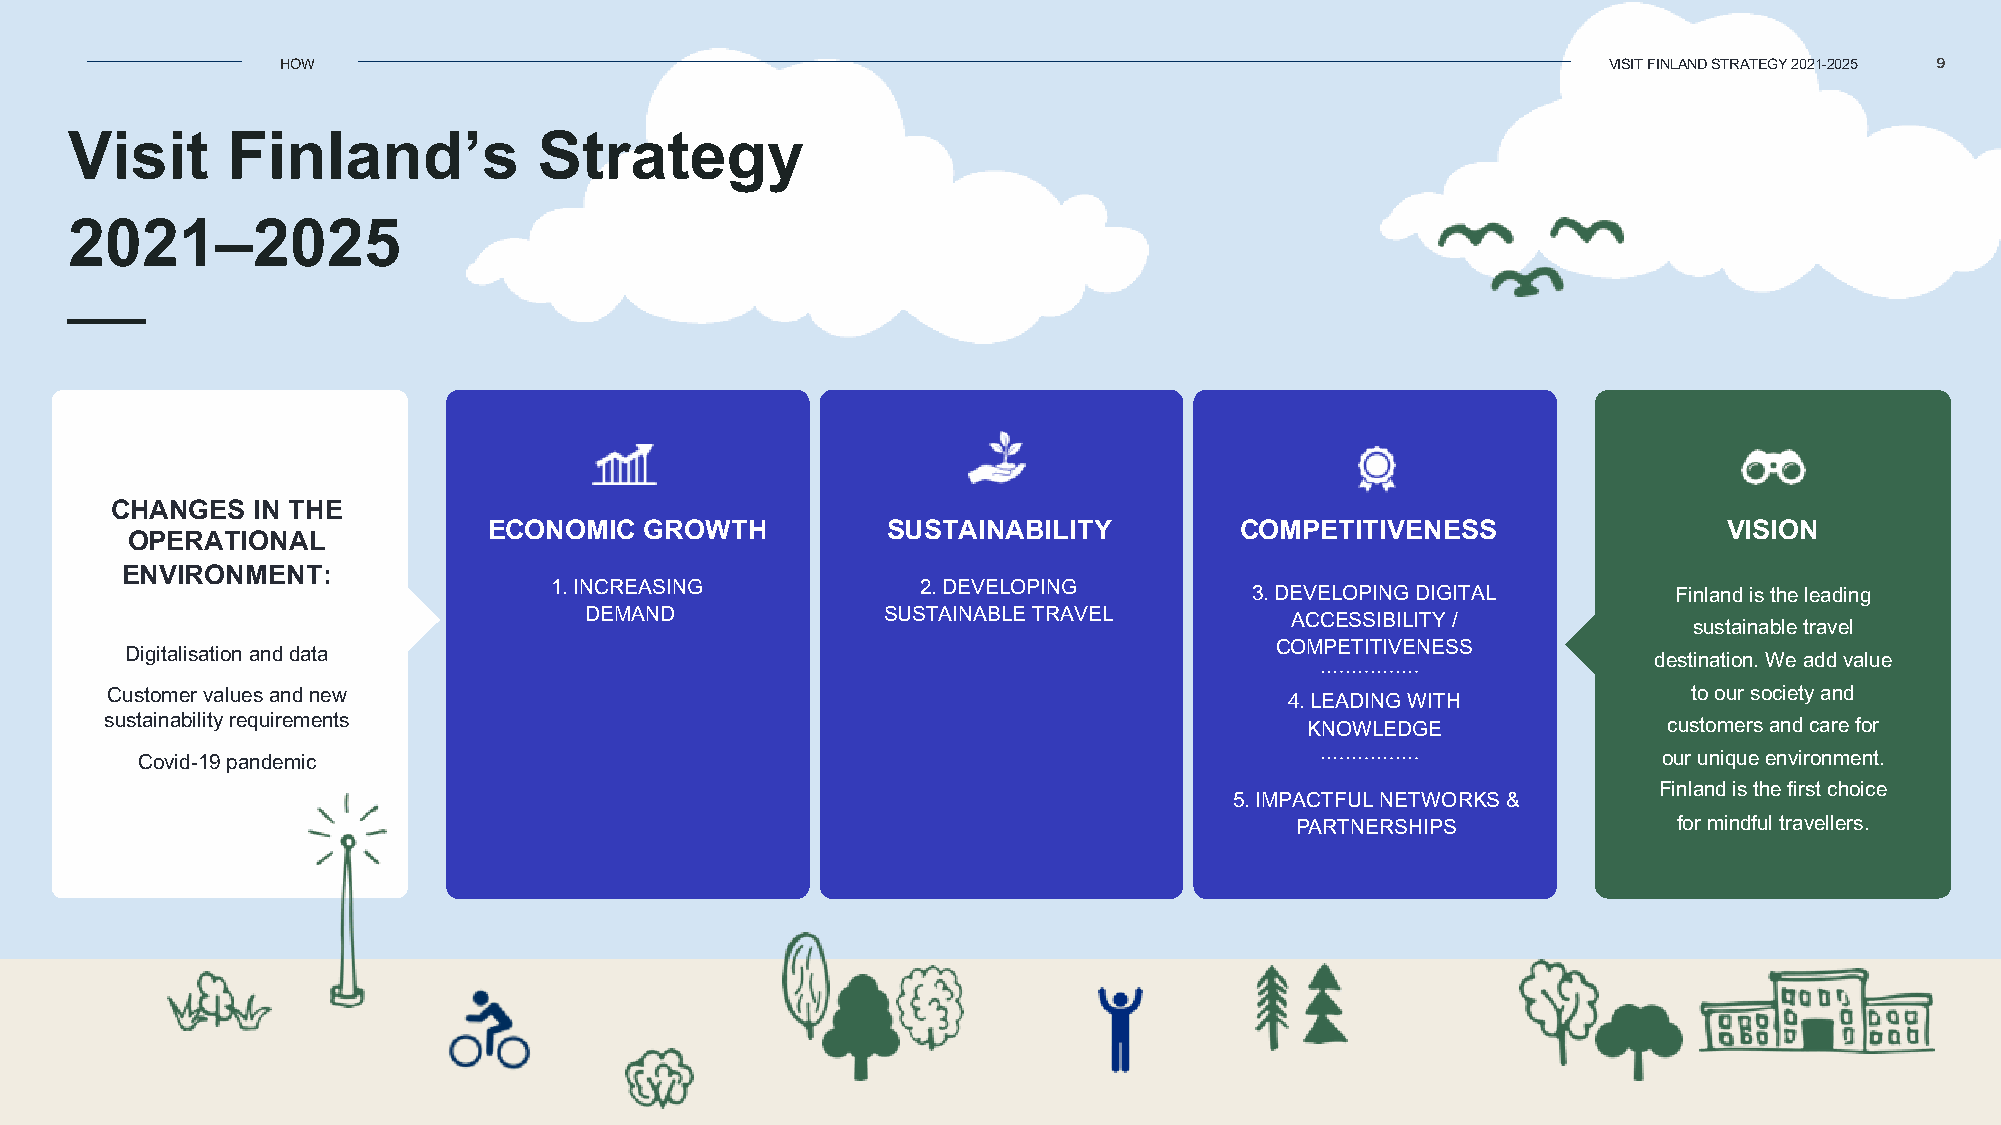
HOW                                                                                    VISIT FINLAND STRATEGY 2021-2025 9
 Visit      Finland’s            Strategy
 2021–2025
 CHANGES   IN THE
 ECONOMIC   GROWTH          SUSTAINABILITY         COMPETITIVENESS                 VISION
 OPERATIONAL
 ENVIRONMENT:
 1.INCREASING             2.DEVELOPING          3.DEVELOPING DIGITAL        Finland is the leading
 DEMAND             SUSTAINABLE TRAVEL         ACCESSIBILITY /
 sustainable travel
 COMPETITIVENESS
 Digitalisation and data
 destination. We add value
 Customer values and new                                                       4.LEADING WITH             to our society and
 sustainability requirements                                                    KNOWLEDGE               customers and care for
 Covid-19 pandemic                                                                                    our unique environment.
 Finland is the first choice
 5.IMPACTFUL NETWORKS&
 PARTNERSHIPS             for mindful travellers.